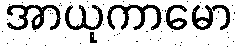
အာယုကာမော